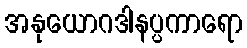
အနုယောဂဒါနပ္ပကာရော